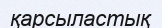
қарсыластық